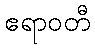
ဧရာဝတီ